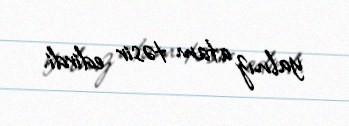
yalnız atam təsir edirdi.